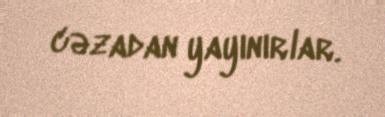
cəzadan yayınırlar.